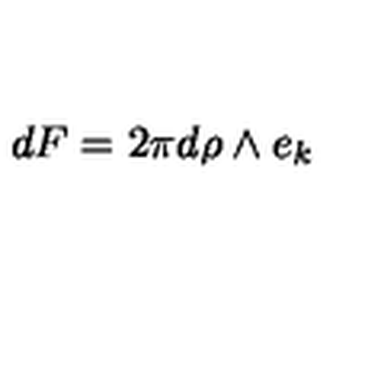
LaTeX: d F = 2 \pi d \rho \wedge e _ { k }